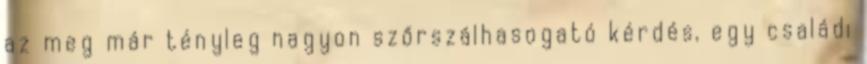
az meg már tényleg nagyon szőrszálhasogató kérdés, egy családi